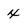
Character: x